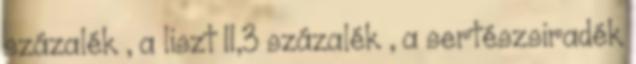
százalék , a liszt 11,3 százalék , a sertészsiradék